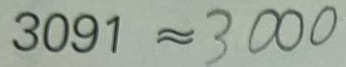
3 0 9 1 \approx 3 0 0 0